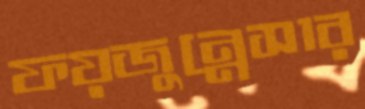
ফয়জুন্নেসার